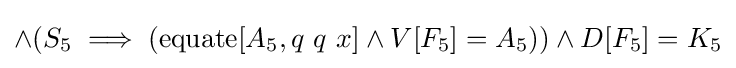
\land (S_{5}\implies (\operatorname {equate} [A_{5},q\ q\ x]\land V[F_{5}]=A_{5}))\land D[F_{5}]=K_{5}